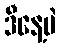
ဒီနေ့ပဲ